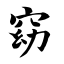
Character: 窈